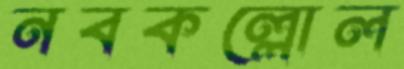
নবকল্লোল